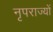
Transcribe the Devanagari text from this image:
नृपराज्यों